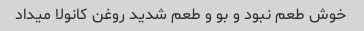
خوش طعم نبود و بو و طعم شدید روغن کانولا میداد